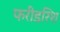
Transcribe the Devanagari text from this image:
फरीडरिश